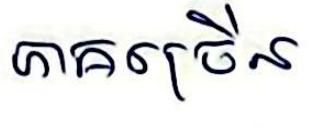
ភាគច្រើន